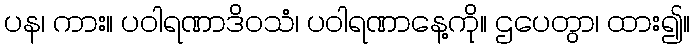
ပန၊ ကား။ ပဝါရဏာဒိဝသံ၊ ပဝါရဏာနေ့ကို။ ဌပေတွာ၊ ထား၍။